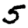
Digit: 5